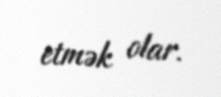
etmək olar.